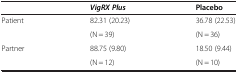
<table><thead><tr><td><b> </b></td><td><b><i>VigRX Plus</i></b></td><td><b>Placebo</b></td></tr></thead><tbody><tr><td>Patient</td><td>82.31 (20.23)</td><td>36.78 (22.53)</td></tr><tr><td> </td><td>(N = 39)</td><td>(N = 36)</td></tr><tr><td>Partner</td><td>88.75 (9.80)</td><td>18.50 (9.44)</td></tr><tr><td> </td><td>(N = 12)</td><td>(N = 10)</td></tr></tbody></table>